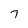
Character: 7